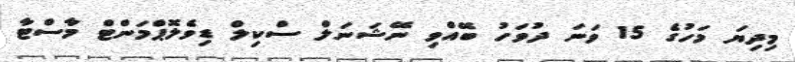
މިދިޔަ މަހުގެ 15 ވަނަ ދުވަހު ބޭއްވި ނޭޝަނަލް ސްކިލް ޑިވެލޮޕްމަންޓް މާސްޓާ